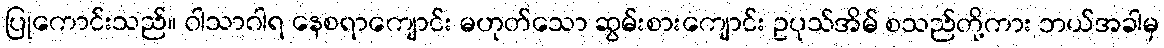
ပြုကောင်းသည်။ ဝါသာဂါရ နေစရာကျောင်း မဟုတ်သော ဆွမ်းစားကျောင်း ဥပုသ်အိမ် စသည်တို့ကား ဘယ်အခါမှ